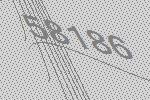
58186